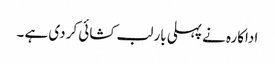
اداکارہ نے پہلی بار لب کشائی کر دی ہے ۔